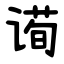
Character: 䜦